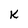
Character: K